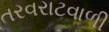
તરવરાટવાળી